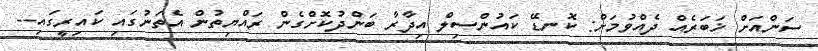
ސަންއަށް ޚަބަރެއް ދެއްވުމަށް: ކޮނޑޭ ކައުންސިލް އިދާރާ ބަންދުކޮށްގެން ރައްޔިތުން އެތަނުގައި ކައިރީގައި--